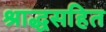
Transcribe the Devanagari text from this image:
श्राद्धसहित